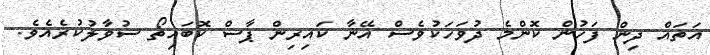
އަތައް ދިން ފަހުން ކޮންމެ ދުވަހަކުވެސް އޭނާ ކައިރިން ޕާސް ކޮބައިތޯ ސުވާލުކުރެއެވެ.